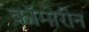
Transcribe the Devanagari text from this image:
कॉमोरीन